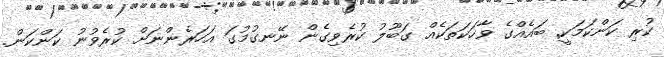
ކުރި ކަންކަމަކީ